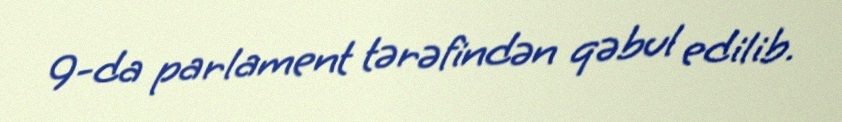
9-da parlament tərəfindən qəbul edilib.